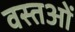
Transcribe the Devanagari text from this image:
वस्‍तओं